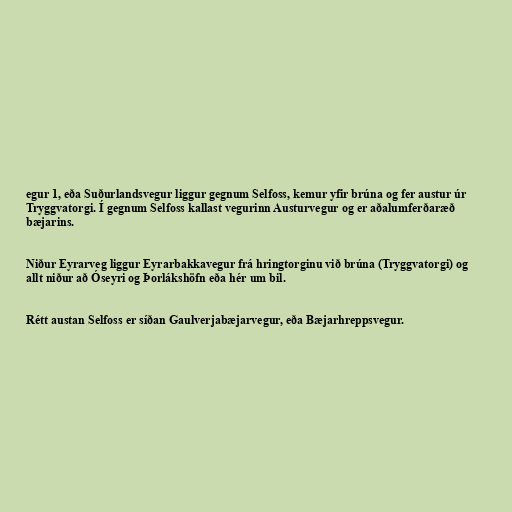
egur 1, eða Suðurlandsvegur liggur gegnum Selfoss, kemur yfir brúna og fer austur úr
Tryggvatorgi. Í gegnum Selfoss kallast vegurinn Austurvegur og er aðalumferðaræð
bæjarins.

Niður Eyrarveg liggur Eyrarbakkavegur frá hringtorginu við brúna (Tryggvatorgi) og
allt niður að Óseyri og Þorlákshöfn eða hér um bil.

Rétt austan Selfoss er síðan Gaulverjabæjarvegur, eða Bæjarhreppsvegur.